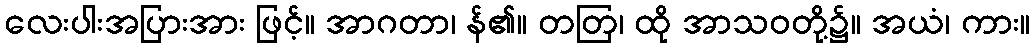
လေးပါးအပြားအား ဖြင့်။ အာဂတာ၊ န်၏။ တတြ၊ ထို အာသဝတို့၌။ အယံ၊ ကား။